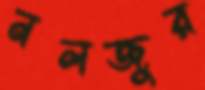
নলজুর